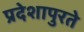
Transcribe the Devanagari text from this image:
प्रदेशापुरते